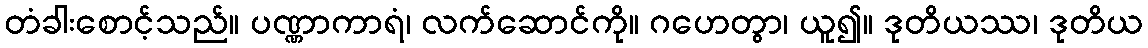
တံခါးစောင့်သည်။ ပဏ္ဏာကာရံ၊ လက်ဆောင်ကို။ ဂဟေတွာ၊ ယူ၍။ ဒုတိယဿ၊ ဒုတိယ